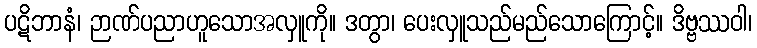
ပဋိဘာနံ၊ ဉာဏ်ပညာဟူသောအလှူကို။ ဒတွာ၊ ပေးလှူသည်မည်သောကြောင့်။ ဒိဗ္ဗဿဝါ၊